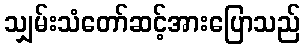
သျှမ်းသံတော်ဆင့်အားပြောသည်